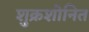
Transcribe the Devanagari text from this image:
शुक्रशोनित